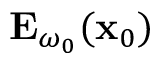
\mathbf { E } _ { \omega _ { 0 } } ( \mathbf { x } _ { 0 } )